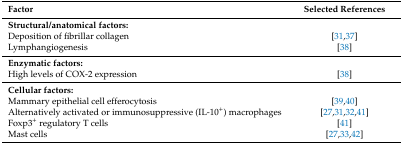
<table><thead><tr><td><b>Factor</b></td><td><b>Selected References</b></td></tr></thead><tbody><tr><td><b>Structural/anatomical factors:</b></td><td></td></tr><tr><td>Deposition of fibrillar collagen</td><td>[31,37]</td></tr><tr><td>Lymphangiogenesis</td><td>[38]</td></tr><tr><td><b>Enzymatic factors:</b></td><td></td></tr><tr><td>High levels of COX-2 expression</td><td>[38]</td></tr><tr><td><b>Cellular factors:</b></td><td></td></tr><tr><td>Mammary epithelial cell efferocytosis</td><td>[39,40]</td></tr><tr><td>Alternatively activated or immunosuppressive (IL-10<sup>+</sup>) macrophages</td><td>[27,31,32,41]</td></tr><tr><td>Foxp3<sup>+</sup> regulatory T cells</td><td>[41]</td></tr><tr><td>Mast cells</td><td>[27,33,42]</td></tr></tbody></table>